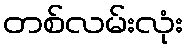
တစ်လမ်းလုံး